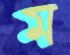
ম